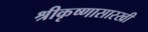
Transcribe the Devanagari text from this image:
श्रीकृष्णासारखी